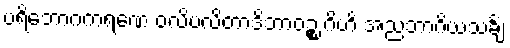
ပရိဘောဂကရဏေ ဝလိပလိတာဒိဘာဝဉ္စ ဂိဟိ အညဘာဂိယသင်္ချံ